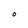
Character: O